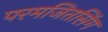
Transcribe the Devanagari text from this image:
परमजितसिंग